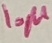
Text: 10µ